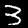
Label: 3